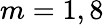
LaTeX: m=1,8